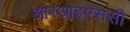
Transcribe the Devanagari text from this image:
आरआइएससी